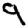
Digit: 9